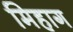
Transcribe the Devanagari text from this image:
मिहाग